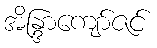
အိန္ဒြာကျော်ဇင်